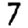
Digit: 7